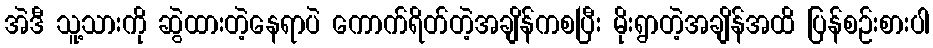
အဲဒီ သူ့သားကို ဆွဲထားတဲ့နေရာပဲ ကောက်ရိတ်တဲ့အချိန်ကစပြီး မိုးရွာတဲ့အချိန်အထိ ပြန်စဉ်းစားပါ